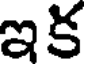
ఇక